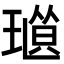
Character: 𤨜